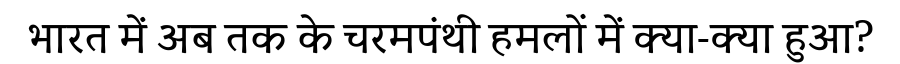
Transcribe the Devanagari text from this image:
भारत में अब तक के चरमपंथी हमलों में क्या-क्या हुआ?